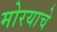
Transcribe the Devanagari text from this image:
मोरयाचे